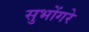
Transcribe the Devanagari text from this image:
सुभोंगरे